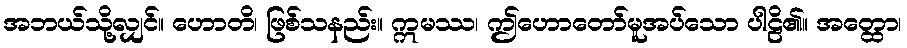
အဘယ်သို့လျှင်။ ဟောတိ၊ ဖြစ်သနည်း။ ဣမဿ၊ ဤဟောတော်မူအပ်သော ပါဠိ၏။ အတ္ထော၊